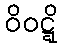
ဝိဝဋ္ဋိ